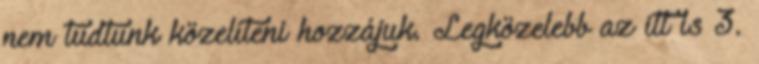
nem tudtunk közelíteni hozzájuk. Legközelebb az itt is 3.